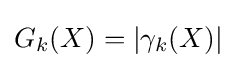
G_{k}(X)=|\gamma _{k}(X)|